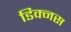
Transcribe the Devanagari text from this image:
डिक्नस